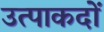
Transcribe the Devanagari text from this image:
उत्पाकदों